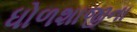
ધોળશાજીના